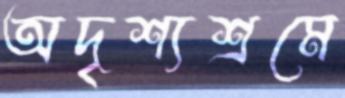
অদৃশ্যশ্রমে